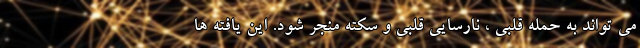
می تواند به حمله قلبی ، نارسایی قلبی و سکته منجر شود. این یافته ها